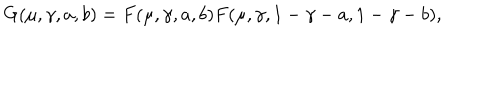
LaTeX: G ( \mu , \gamma , a , b ) = F ( \mu , \gamma , a , b ) F ( \mu , \gamma , 1 - \gamma - a , 1 - \gamma - b ) ,